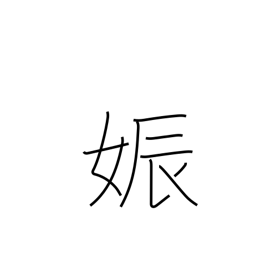
Meaning: pregnancy